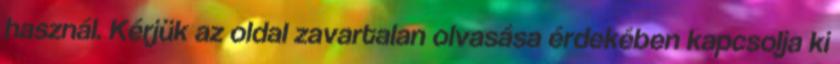
használ. Kérjük az oldal zavartalan olvasása érdekében kapcsolja ki